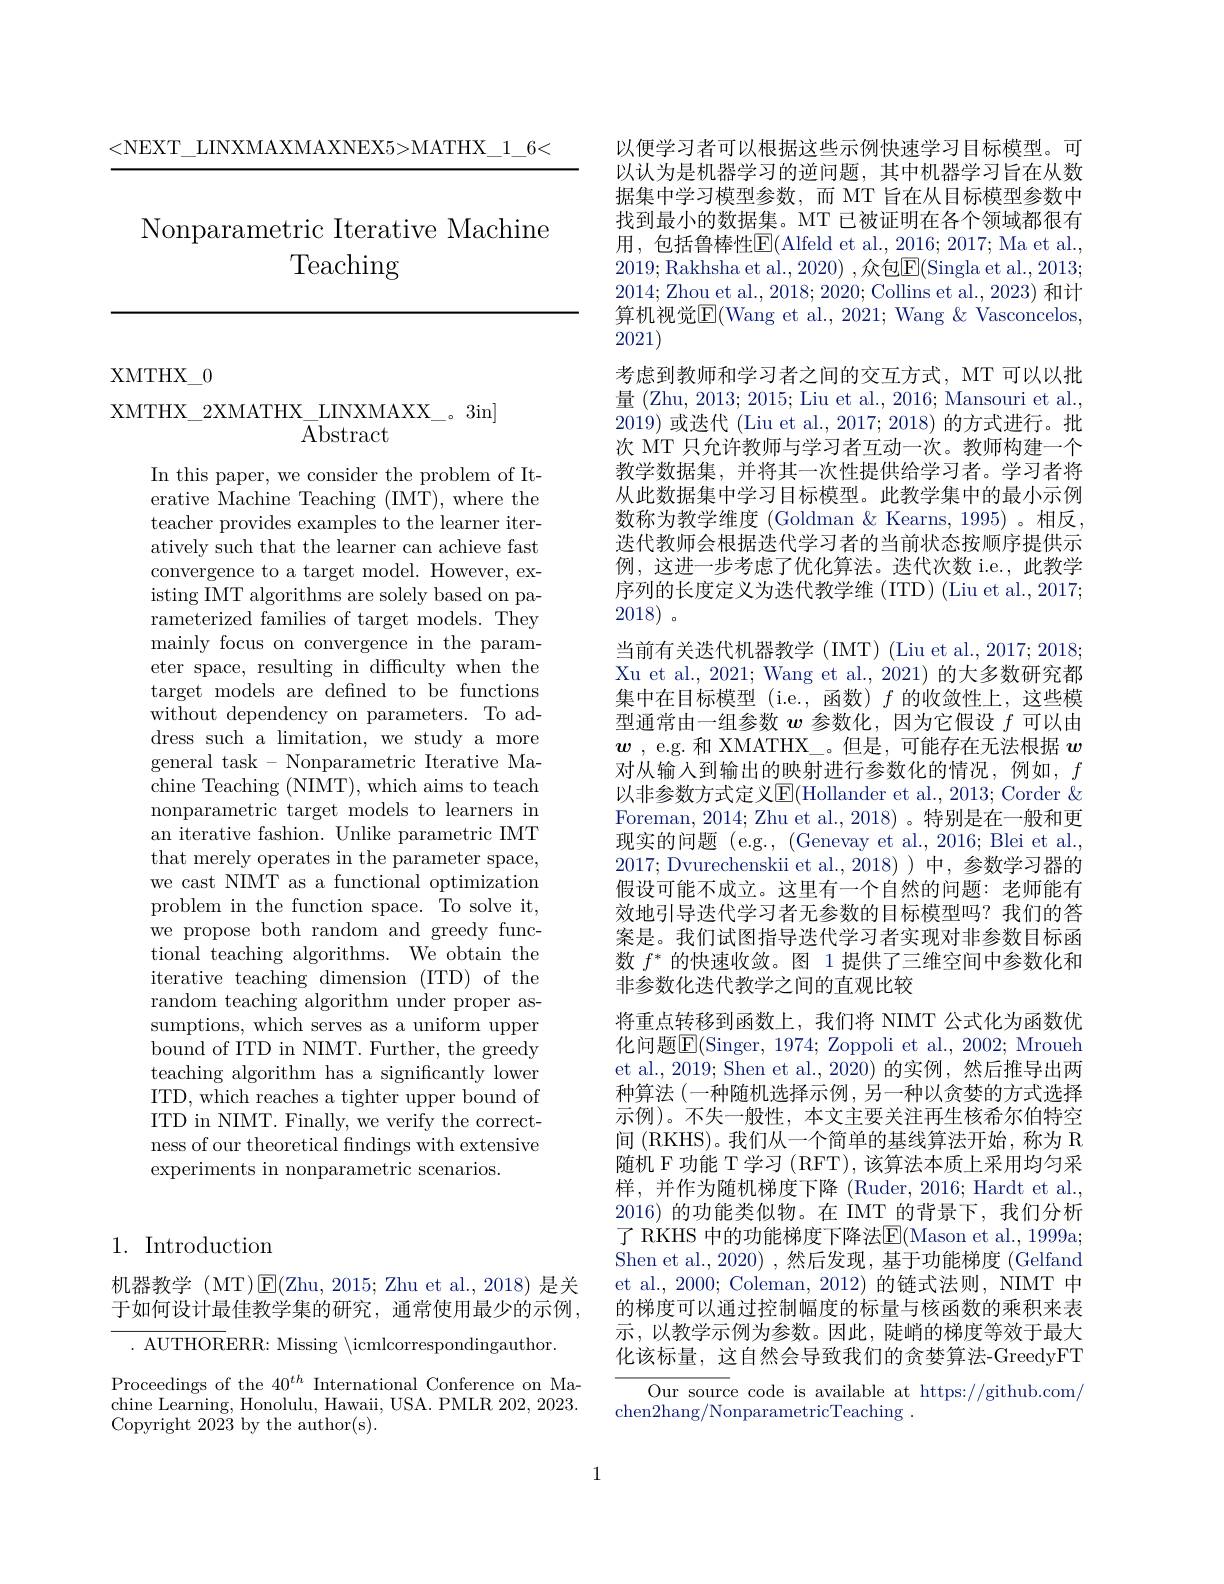
<NEXT\_LINXMAXMAXNEX5>MATHX\_1\_6<

# Nonparametric Iterative Machine Teaching

XMTHX$\_$0

XMTHX\_2XMATHX\_LINXMAXX\_。3in]
Abstract

In this paper, we consider the problem of Iterative Machine Teaching (IMT), where the teacher provides examples to the learner iteratively such that the learner can achieve fast convergence to a target model. However, existing IMT algorithms are solely based on parameterized families of target models. They mainly focus on convergence in the parameter space, resulting in difficulty when the target models are defined to be functions without dependency on parameters. To address such a limitation, we study a more general task - Nonparametric Iterative Machine Teaching (NIMT), which aims to teach nonparametric target models to learners in an iterative fashion. Unlike parametric IMT that merely operates in the parameter space, we cast NIMT as a functional optimization problem in the function space. To solve it, we propose both random and greedy functional teaching algorithms. We obtain the iterative teaching dimension (ITD) of the random teaching algorithm under proper assumptions, which serves as a uniform upper bound of ITD in NIMT. Further, the greedy teaching algorithm has a significantly lower ITD, which reaches a tighter upper bound of ITD in NIMT. Finally, we verify the correctness of our theoretical findings with extensive experiments in nonparametric scenarios.

# 1. Introduction

机器教学 (MT)$\boxed{\mathrm{F}}($Zhu, 2015; Zhu et al., 2018) 是关于如何设计最佳教学集的研究，通常使用最少的示例，

. AUTHORERR: Missing $\backslash$icmlcorrespondingauthor.

Proceedings of the 40$^{th}$ International Conference on Machine Learning, Honolulu, Hawaii, USA. PMLR 202, 2023. Copyright 2023 by the author(s).

以便学习者可以根据这些示例快速学习目标模型。可以认为是机器学习的逆问题，其中机器学习旨在从数据集中学习模型参数，而 MT 旨在从目标模型参数中找到最小的数据集。MT 已被证明在各个领域都很有用，包括鲁棒性$\boxed{\mathrm{F}}($Alfeld et al.,2016; 2017; Ma et al. 2019; Rakhsha et al., 2020) ,众包$\overline{\mathrm{E}}($Singla et al., 2013; 2014; Zhou et al., 2018; 2020; Collins et al., 2023) 和计算机视觉$\overline{\mathrm{E}}($Wang et al., 2021; Wang &Vasconcelos, 2021)
考虑到教师和学习者之间的交互方式，MT 可以以批量 (Zhu, 2013; 2015; Liu et al., 2016; Mansouri et al., 2019) 或迭代 (Liu et al., 2017; 2018) 的方式进行。批次 MT 只允许教师与学习者互动一次。教师构建一个教学数据集，并将其一次性提供给学习者。学习者将从此数据集中学习目标模型。此教学集中的最小示例数称为教学维度 (Goldman & Kearns, 1995)。相反， 迭代教师会根据迭代学习者的当前状态按顺序提供示例，这进一步考虑了优化算法。迭代次数 i.e.,此教学序列的长度定义为迭代教学维 (ITD) (Liu et al., 2017; 2018)。
当前有关迭代机器教学 (IMT) (Liu et al., 2017; 2018; Xu et al., 2021; Wang et al., 2021) 的大多数研究都集中在目标模型 (i.e.,函数) $f$的收敛性上，这些模型通常由一组参数$w$参数化，因为它假设$f$可以由$\boldsymbol{w}$ , e.g. 和 XMATHX\_。但是，可能存在无法根据$w$ 对从输入到输出的映射进行参数化的情况，例如，$f$ 以非参数方式定义$\mathbb{E}($Hollander et al., 2013; Corder $\&$ Foreman, 2014; Zhu et al., 2018)。特别是在一般和更现实的问题 (e.g., (Genevay et al., 2016; Blei et al., 2017; Dvurechenskii et al., 2018))中，参数学习器的假设可能不成立。这里有一个自然的问题：老师能有效地引导迭代学习者无参数的目标模型吗？我们的答案是。我们试图指导迭代学习者实现对非参数目标函数$f^*$的快速收敛。图 1 提供了三维空间中参数化和非参数化迭代教学之间的直观比较
将重点转移到函数上，我们将 NIMT 公式化为函数优化问题$\boxed{\mathrm{E}}($Singer, 1974; Zoppoli et al., 2002; Mroueh et al., 2019; Shen et al., 2020) 的实例，然后推导出两种算法 (一种随机选择示例，另一种以贪婪的方式选择示例)。不失一般性，本文主要关注再生核希尔伯特空间 (RKHS)。我们从一个简单的基线算法开始，称为 R 随机 F 功能 T 学习 (RFT), 该算法本质上采用均匀采样，并作为随机梯度下降(Ruder,2016;Hardt et al., 2016)的功能类似物。在 IMT 的背景下，我们分析了 RKHS 中的功能梯度下降法$\overline{\mathrm{E}}($Mason et al., 1999a; Shen et al., 2020) ,然后发现，基于功能梯度 (Gelfand et al., 2000; Coleman, 2012) 的链式法则，NIMT 中的梯度可以通过控制幅度的标量与核函数的乘积来表示，以教学示例为参数。因此，陡峭的梯度等效于最大化该标量，这自然会导致我们的贪婪算法-GreedyFT
Our source code is available at https://github.com/
chen2hang/NonparametricTeaching .

1